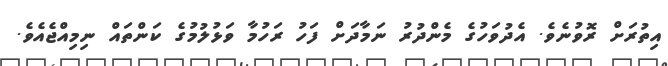
އިތުރަށް ރޮވުނެވެ. އެދުވަހުގެ މެންދުރު ނަމާދަށް ފަހު ރަހުމާ ވަޅުލުމުގެ ކަންތައް ނިމިއްޖެއެވެ.